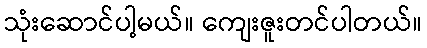
သုံးဆောင်ပါ့မယ်။ ကျေးဇူးတင်ပါတယ်။